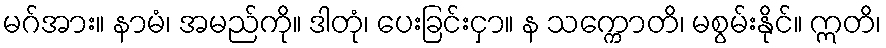
မဂ်အား။ နာမံ၊ အမည်ကို။ ဒါတုံ၊ ပေးခြင်းငှာ။ န သက္ကောတိ၊ မစွမ်းနိုင်။ ဣတိ၊